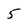
Character: 5